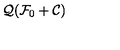
{ \cal { Q } } ( { \cal { F } } _ { 0 } + { \cal { C } } )